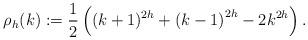
LaTeX: \begin{align*} \rho_{h}(k):=\frac{1}{2}\left((k+1)^{2h}+{(k-1)}^{2h}-2{k}^{2h}\right).\end{align*}